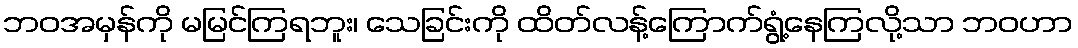
ဘဝအမှန်ကို မမြင်ကြရဘူး၊ သေခြင်းကို ထိတ်လန့်ကြောက်ရွံ့နေကြလို့သာ ဘဝဟာ